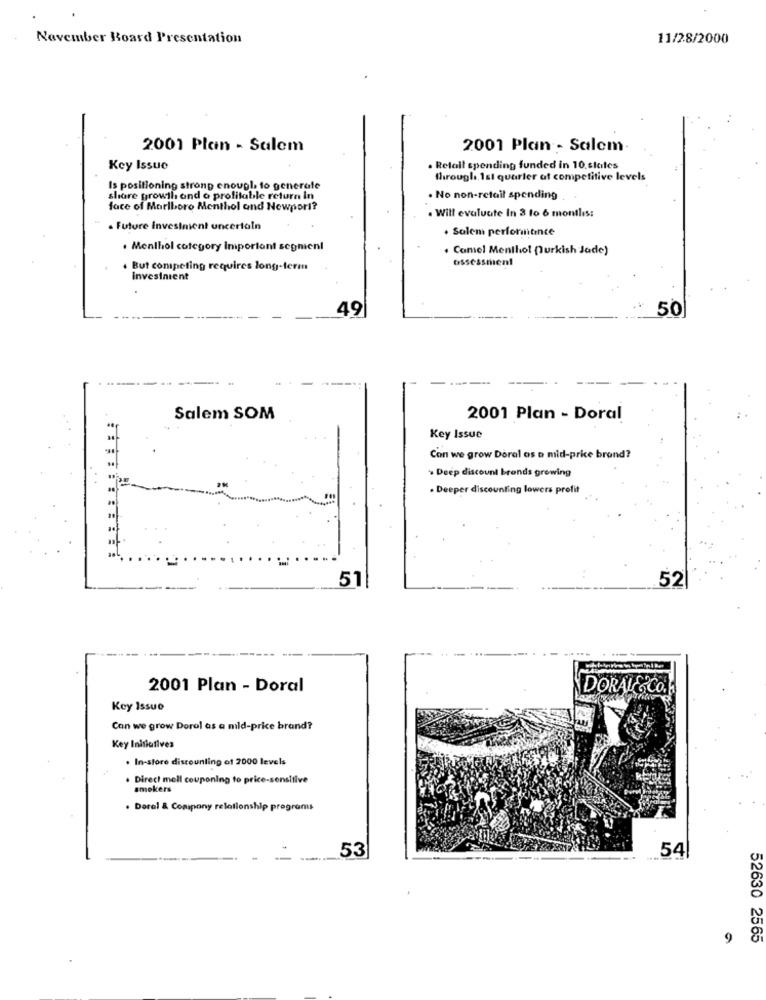
November Board Presentation
11/28/2000
2001 Plan - Salem
2001 Plan - Salem.
Key Issue
. Retail spending funded in 10.states
through, 1st quarter at competitive levels
Is positioning strong enough to generate
share growth and o profitable return In
. No non-retail spending
face of Marlboro Menthol and Newport?
. Will evaluate In 3 to 6 months:
. Future Investment uncertain
. Salem perfortince
. Menthol category Important segnienl
. Comel Menthol Qurkish Jade)
assessment
. But competing requires long-term
Invesinient
50
49
Salem SOM
2001 Plan - Doral
Key Issue
Con we grow Doral os o mid-price brond?
. Deep discount brands growing
. Deeper discounting lowers profit
52
51
2001 Plan - Doral
DORALE&CO.
Key Issue
Can we grow Dorol as a mild-price brand?
Key Initiatives
. In-store discounting of 2000 levels
. Direct mell couponing to price-sensitive
smokers
. Doral & Company relationship programs
53
54
9
2565